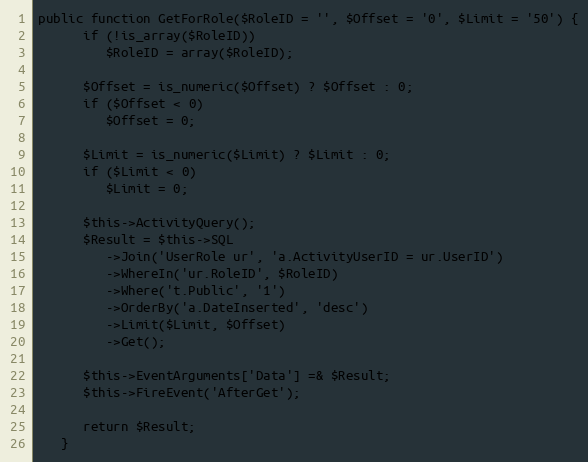
Language: PHP
public function GetForRole($RoleID = '', $Offset = '0', $Limit = '50') {
      if (!is_array($RoleID))
         $RoleID = array($RoleID);

      $Offset = is_numeric($Offset) ? $Offset : 0;
      if ($Offset < 0)
         $Offset = 0;

      $Limit = is_numeric($Limit) ? $Limit : 0;
      if ($Limit < 0)
         $Limit = 0;

      $this->ActivityQuery();
      $Result = $this->SQL
         ->Join('UserRole ur', 'a.ActivityUserID = ur.UserID')
         ->WhereIn('ur.RoleID', $RoleID)
         ->Where('t.Public', '1')
         ->OrderBy('a.DateInserted', 'desc')
         ->Limit($Limit, $Offset)
         ->Get();

      $this->EventArguments['Data'] =& $Result;
      $this->FireEvent('AfterGet');

      return $Result;
   }